画像に写った文字を読んでください
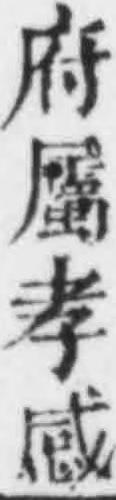
「府屬孝感」と書いてあります